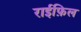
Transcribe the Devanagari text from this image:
राईफ़िल